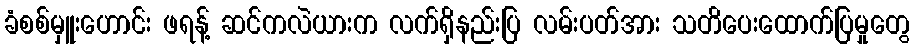
ခံစစ်မှူးဟောင်း ဖရန့် ဆင်ကလဲယားက လက်ရှိနည်းပြ လမ်းပတ်အား သတိပေးထောက်ပြမှုတွေ